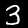
Digit: 3